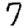
Digit: 7